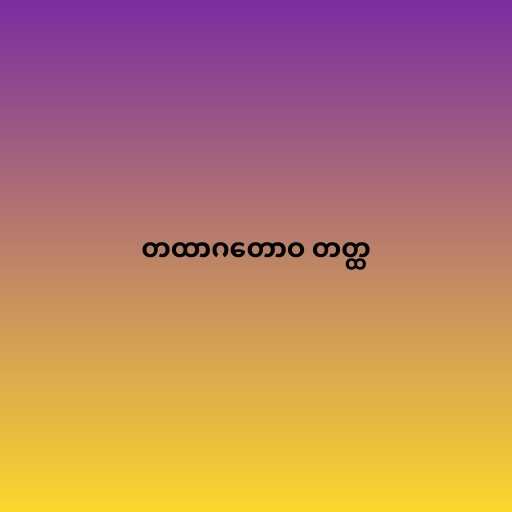
တထာဂတောဝ တတ္ထ